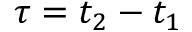
\tau = t _ { 2 } - t _ { 1 }